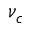
\nu _ { c }